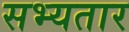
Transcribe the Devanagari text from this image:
सभ्यतार